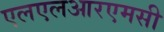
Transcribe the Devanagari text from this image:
एलएलआरएमसी